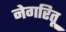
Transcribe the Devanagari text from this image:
नेगरितू